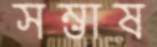
সম্ভাষ